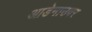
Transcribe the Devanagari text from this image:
आडेनाउवर